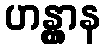
ဟန္တွာန